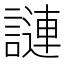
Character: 謰